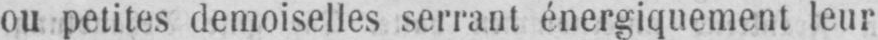
ou petites demoiselles serrant énergiquement leur